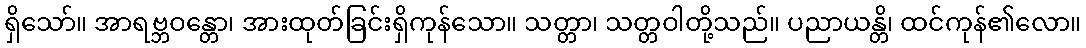
ရှိသော်။ အာရဗ္ဘဝန္တော၊ အားထုတ်ခြင်းရှိကုန်သော။ သတ္တာ၊ သတ္တဝါတို့သည်။ ပညာယန္တိ၊ ထင်ကုန်၏လော။